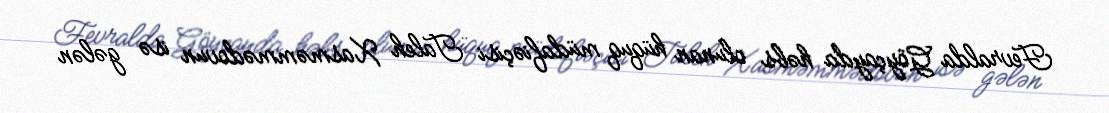
Fevralda Göyçayda həbs olunan hüquq müdafiəçisi Taleh Xasməmmədovun isə gələn